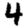
Digit: 4